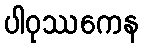
ပါဝုဿကေန